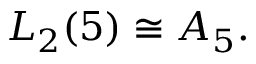
L _ { 2 } ( 5 ) \cong A _ { 5 } .